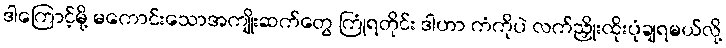
ဒါကြောင့်မို့ မကောင်းသောအကျိုးဆက်တွေ ကြုံရတိုင်း ဒါဟာ ကံကိုပဲ လက်ညှိုးထိုးပုံချရမယ်လို့